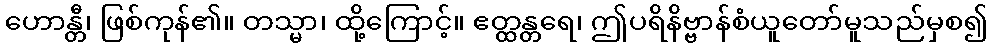
ဟောန္တီ၊ ဖြစ်ကုန်၏။ တသ္မာ၊ ထို့ကြောင့်။ ဧတ္ထန္တရေ၊ ဤပရိနိဗ္ဗာန်စံယူတော်မူသည်မှစ၍